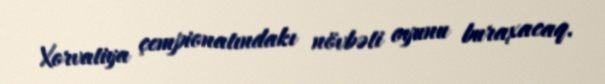
Xorvatiya çempionatındakı növbəti oyunu buraxacaq.